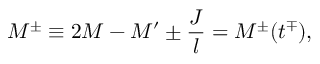
M ^ { \pm } \equiv 2 M - M ^ { \prime } \pm \frac { J } { l } = M ^ { \pm } ( t ^ { \mp } ) ,